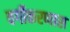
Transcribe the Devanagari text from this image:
वर्गीकरणास